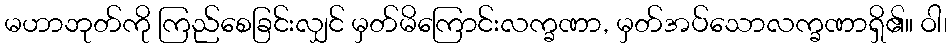
မဟာဘုတ်ကို ကြည်စေခြင်းလျှင် မှတ်မိကြောင်းလက္ခဏာ, မှတ်အပ်သောလက္ခဏာရှိ၏။ ဝါ၊